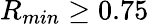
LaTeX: R_{min}\geq 0.75